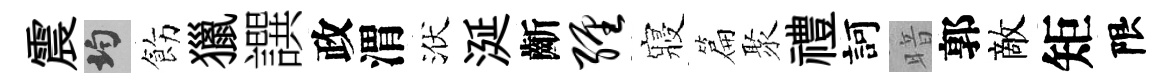
震均飭獵譔政渭洑涎齗缠寢篇聚禮訶暗郭敵矩限